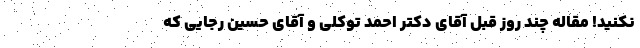
نکنید! مقاله چند روز قبل آقای دکتر احمد توکلی و آقای حسین رجایی که